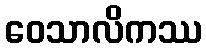
ဝေသာလိကဿ